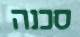
סכנה